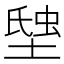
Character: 𧋗